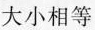
大小相等